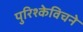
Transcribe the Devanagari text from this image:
पुरिश्केविचने